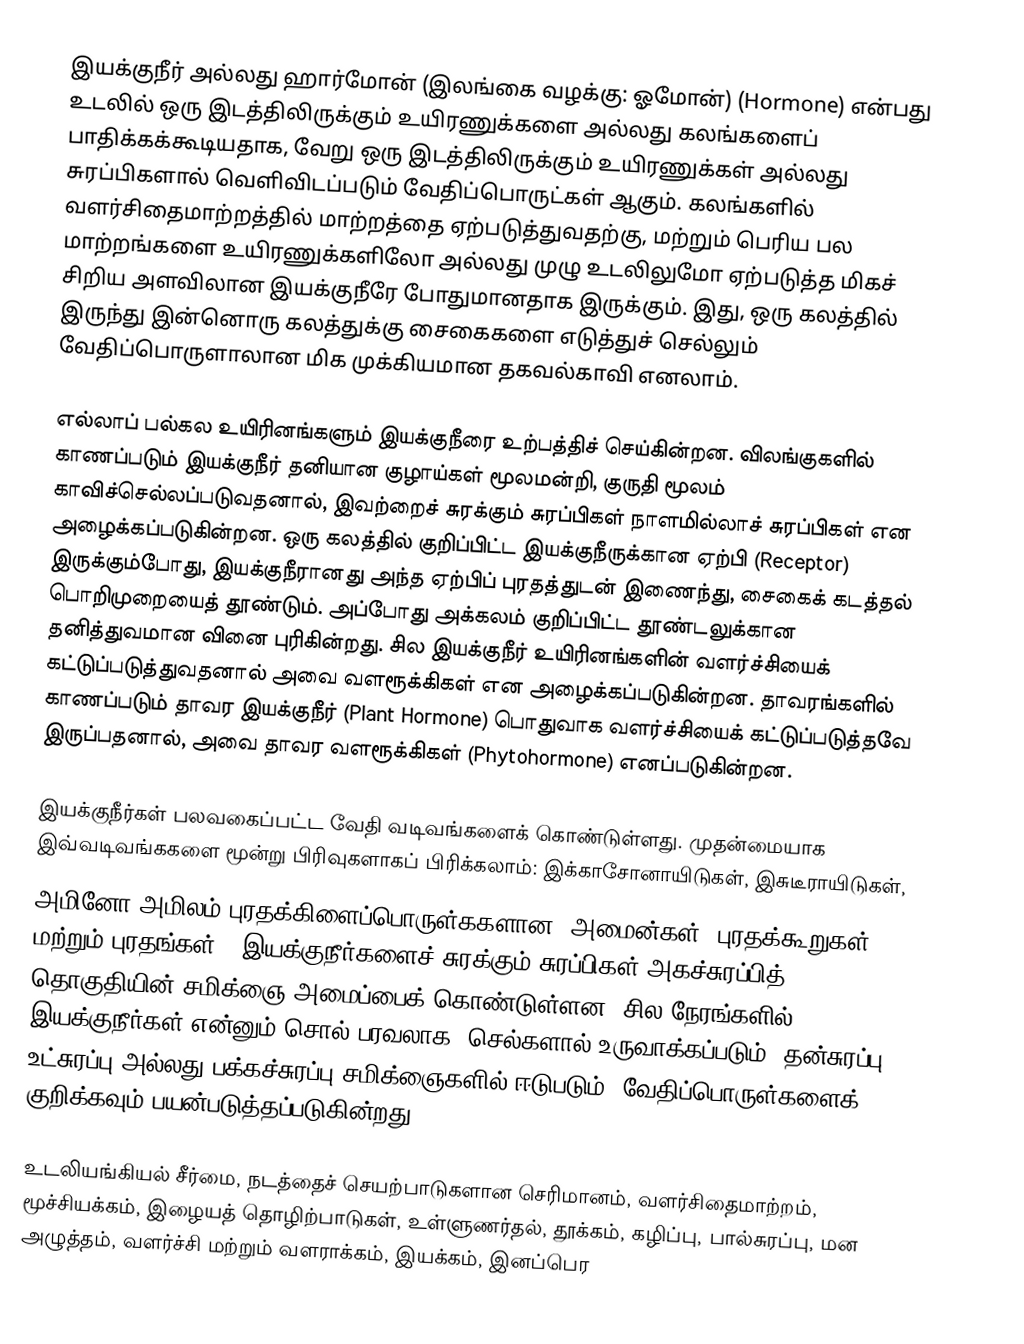
இயக்குநீர் அல்லது ஹார்மோன் (இலங்கை வழக்கு: ஓமோன்) (Hormone) என்பது உடலில் ஒரு இடத்திலிருக்கும் உயிரணுக்களை அல்லது கலங்களைப் பாதிக்கக்கூடியதாக, வேறு ஒரு இடத்திலிருக்கும் உயிரணுக்கள் அல்லது சுரப்பிகளால் வெளிவிடப்படும் வேதிப்பொருட்கள் ஆகும். கலங்களில் வளர்சிதைமாற்றத்தில் மாற்றத்தை ஏற்படுத்துவதற்கு, மற்றும் பெரிய பல மாற்றங்களை உயிரணுக்களிலோ அல்லது முழு உடலிலுமோ ஏற்படுத்த மிகச் சிறிய அளவிலான இயக்குநீரே போதுமானதாக இருக்கும். இது, ஒரு கலத்தில் இருந்து இன்னொரு கலத்துக்கு சைகைகளை எடுத்துச் செல்லும் வேதிப்பொருளாலான மிக முக்கியமான தகவல்காவி எனலாம்.

எல்லாப் பல்கல உயிரினங்களும் இயக்குநீரை உற்பத்திச் செய்கின்றன. விலங்குகளில் காணப்படும் இயக்குநீர் தனியான குழாய்கள் மூலமன்றி, குருதி மூலம் காவிச்செல்லப்படுவதனால், இவற்றைச் சுரக்கும் சுரப்பிகள் நாளமில்லாச் சுரப்பிகள் என அழைக்கப்படுகின்றன. ஒரு கலத்தில் குறிப்பிட்ட இயக்குநீருக்கான ஏற்பி (Receptor) இருக்கும்போது, இயக்குநீரானது அந்த ஏற்பிப் புரதத்துடன் இணைந்து, சைகைக் கடத்தல் பொறிமுறையைத் தூண்டும். அப்போது அக்கலம் குறிப்பிட்ட தூண்டலுக்கான தனித்துவமான வினை புரிகின்றது. சில இயக்குநீர் உயிரினங்களின் வளர்ச்சியைக் கட்டுப்படுத்துவதனால் அவை வளரூக்கிகள் என அழைக்கப்படுகின்றன. தாவரங்களில் காணப்படும் தாவர இயக்குநீர் (Plant Hormone) பொதுவாக வளர்ச்சியைக் கட்டுப்படுத்தவே இருப்பதனால், அவை தாவர வளரூக்கிகள் (Phytohormone) எனப்படுகின்றன.

இயக்குநீர்கள் பலவகைப்பட்ட வேதி வடிவங்களைக் கொண்டுள்ளது. முதன்மையாக இவ்வடிவங்ககளை மூன்று பிரிவுகளாகப் பிரிக்கலாம்: இக்காசோனாயிடுகள், இசுடீராயிடுகள்,
அமினோ அமிலம்/புரதக்கிளைப்பொருள்ககளான (அமைன்கள், புரதக்கூறுகள் மற்றும் புரதங்கள்). இயக்குநீர்களைச் சுரக்கும் சுரப்பிகள் அகச்சுரப்பித் தொகுதியின் சமிக்ஞை அமைப்பைக் கொண்டுள்ளன. சில நேரங்களில் இயக்குநீர்கள் என்னும் சொல் பரவலாக, செல்களால் உருவாக்கப்படும் (தன்சுரப்பு, உட்சுரப்பு அல்லது பக்கச்சுரப்பு சமிக்ஞைகளில் ஈடுபடும்) வேதிப்பொருள்களைக் குறிக்கவும் பயன்படுத்தப்படுகின்றது.

உடலியங்கியல் சீர்மை, நடத்தைச் செயற்பாடுகளான செரிமானம், வளர்சிதைமாற்றம், மூச்சியக்கம், இழையத் தொழிற்பாடுகள், உள்ளுணர்தல், தூக்கம், கழிப்பு, பால்சுரப்பு, மன அழுத்தம், வளர்ச்சி மற்றும் வளராக்கம், இயக்கம், இனப்பெர